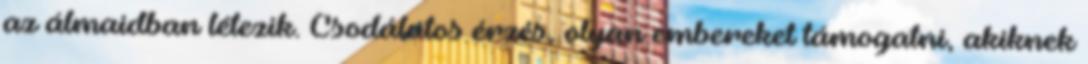
az álmaidban létezik. Csodálatos érzés, olyan embereket támogatni, akiknek